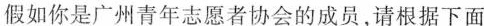
假如你是广州青年志愿者协会的成员，请根据下面